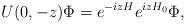
LaTeX: \begin{align*}U(0,-z) \Phi = e^{-izH} e^{izH_0}\Phi ,\end{align*}